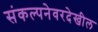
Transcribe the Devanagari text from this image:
संकल्पनेवरदेखील